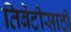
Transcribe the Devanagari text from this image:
तिबेटीसाठी